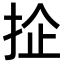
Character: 𢬖